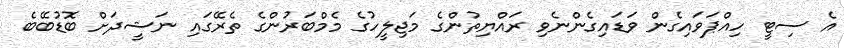
އެ ސިޓީ ހިއްޕަވައިގެން ވަޑައިގެންނެވި ރައްޔިތުންގެ މަޖިލީހުގެ މެމްބަރުންގެ ތެރޭގައި ނަޝީދަށް ބޮޑުބޭބެ